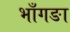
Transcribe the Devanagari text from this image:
भाँगङा